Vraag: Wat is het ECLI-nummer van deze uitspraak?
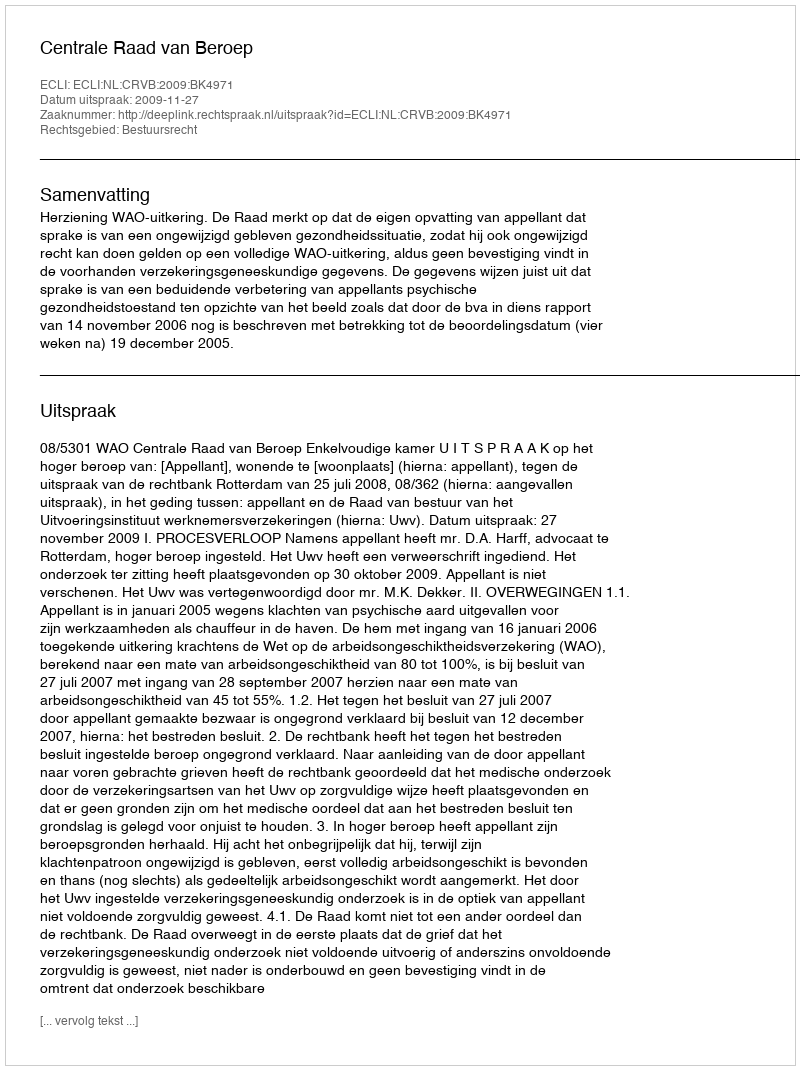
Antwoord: ECLI:NL:CRVB:2009:BK4971